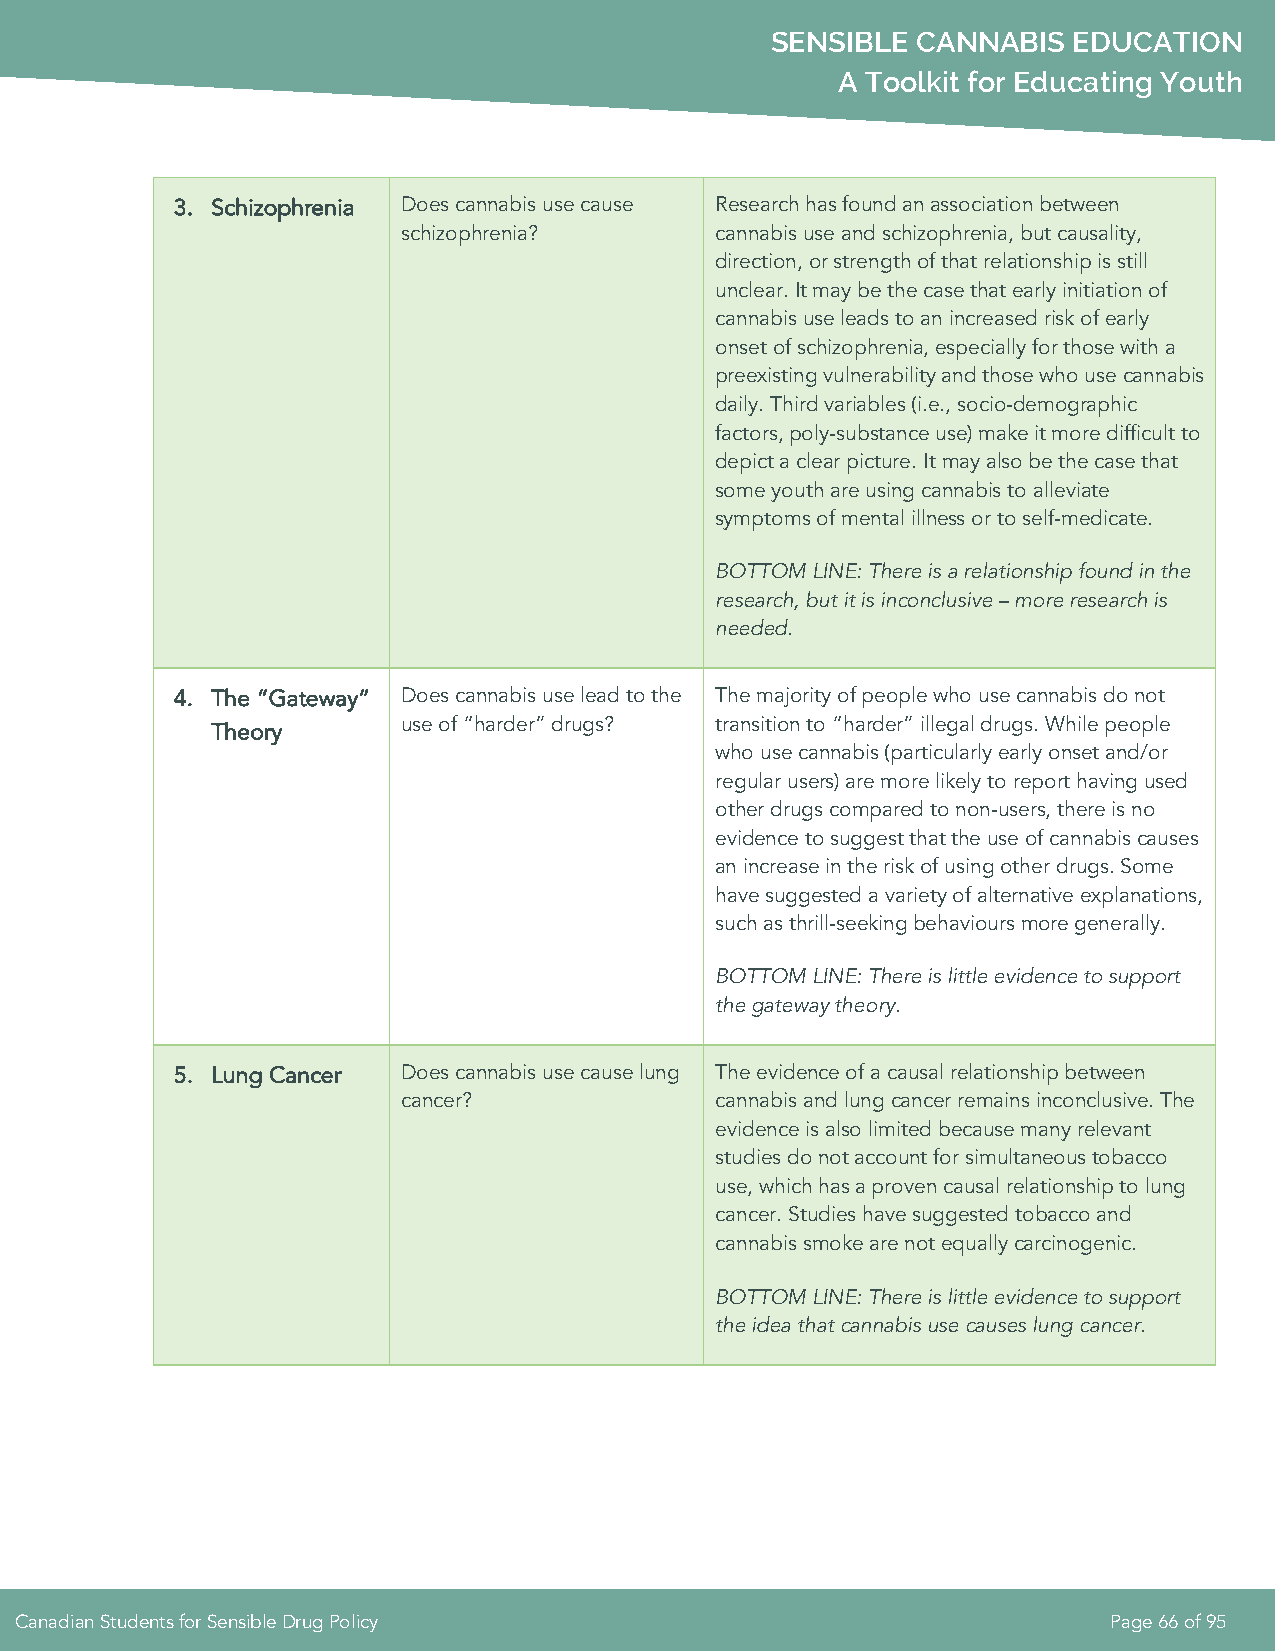
SENSIBLE  CANNABIS  EDUCATION
 A Toolkit for Educating Youth
 3. Schizophrenia Does cannabis use cause Research has found an association between
 schizophrenia?      cannabis use and schizophrenia, but causality,
 direction, or strength of that relationship is still
 unclear. It may be the case that early initiation of
 cannabis use leads to an increased risk of early
 onset of schizophrenia, especially for those with a
 preexisting vulnerability and those who use cannabis
 daily. Third variables (i.e., socio-demographic
 factors, poly-substance use) make it more difficult to
 depict a clear picture. It may also be the case that
 some youth are using cannabis to alleviate
 symptoms of mental illness or to self-medicate.
 BOTTOM LINE: There is a relationship found in the
 research, but it is inconclusive – more research is
 needed.
 4. The “Gateway” Does cannabis use lead to the The majority of people who use cannabis do not
 use of “harder” drugs? transition to “harder” illegal drugs. While people
 Theory
 who use cannabis (particularly early onset and/or
 regular users) are more likely to report having used
 other drugs compared to non-users, there is no
 evidence to suggest that the use of cannabis causes
 an increase in the risk of using other drugs. Some
 have suggested a variety of alternative explanations,
 such as thrill-seeking behaviours more generally.
 BOTTOM LINE: There is little evidence to support
 the gateway theory.
 5. Lung Cancer Does cannabis use cause lung The evidence of a causal relationship between
 cancer?             cannabis and lung cancer remains inconclusive. The
 evidence is also limited because many relevant
 studies do not account for simultaneous tobacco
 use, which has a proven causal relationship to lung
 cancer. Studies have suggested tobacco and
 cannabis smoke are not equally carcinogenic.
 BOTTOM LINE: There is little evidence to support
 the idea that cannabis use causes lung cancer.
 Canadian Students for Sensible Drug Policy                              Page 66 of 95